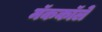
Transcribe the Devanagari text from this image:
मॅककॉले